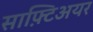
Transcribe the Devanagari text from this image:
साफ़्टिअयर